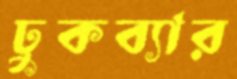
ঢুকব্যার